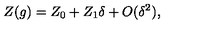
Z ( g ) = Z _ { 0 } + Z _ { 1 } \delta + O ( \delta ^ { 2 } ) ,